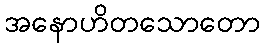
အနောဟိတသောတော